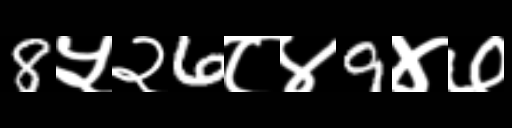
Text: 8५२6८४9४७